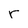
Character: r